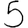
Digit: 5